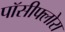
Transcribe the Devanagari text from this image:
पॉसीफ्लोरा